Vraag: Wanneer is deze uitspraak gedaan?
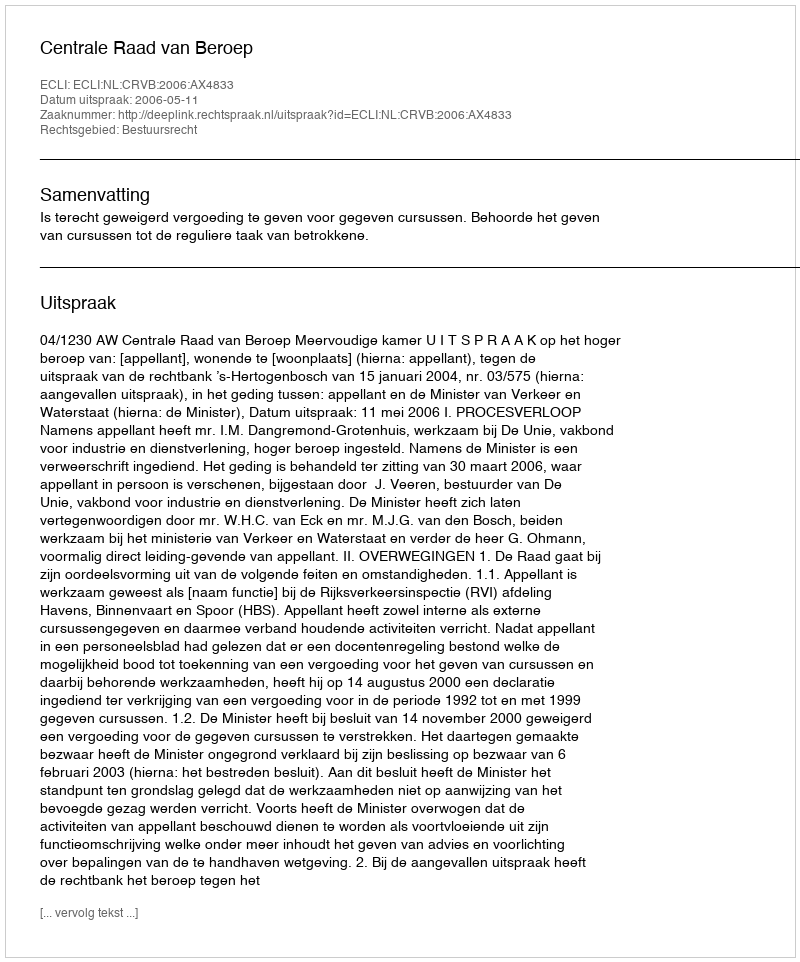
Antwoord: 2006-05-11